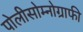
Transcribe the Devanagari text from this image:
पोलीसोम्नोग्राफी